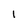
Character: 1